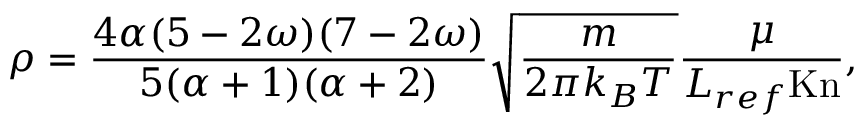
\rho = \frac { 4 \alpha ( 5 - 2 \omega ) ( 7 - 2 \omega ) } { 5 ( \alpha + 1 ) ( \alpha + 2 ) } \sqrt { \frac { m } { 2 \pi k _ { B } T } } \frac { \mu } { L _ { r e f } \mathrm { K n } } ,